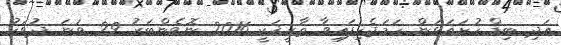
އަދި ބިޑް ހުށައަޅަން ހަމަޖެހިފައިވާ ތާރީޚަކީ 2016 ނޮވެންބަރު 29 ވަނަ ދުވަހު